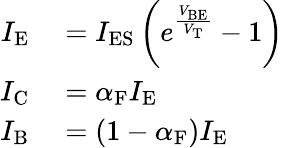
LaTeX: \begin{array}{rl}{I_{\mathrm{E}}}&{{}=I_{\mathrm{ES}}\left(e^{\frac{V_{\mathrm{BE}}}{V_{\mathrm{T}}}}-1\right)}\\ {I_{\mathrm{C}}}&{{}=\alpha_{\mathrm{F}}I_{\mathrm{E}}}\\ {I_{\mathrm{B}}}&{{}=\left(1-\alpha_{\mathrm{F}}\right)I_{\mathrm{E}}}\end{array}